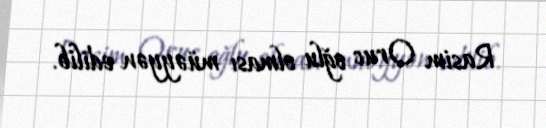
Rasim Oruc oğlu olması müəyyən edilib.